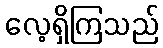
လေ့ရှိကြသည်